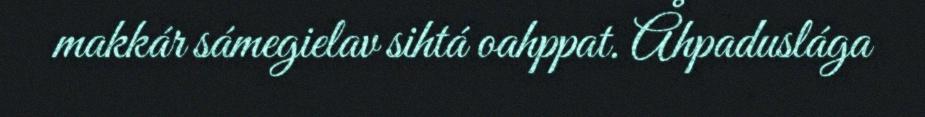
makkár sámegielav sihtá oahppat. Åhpaduslága